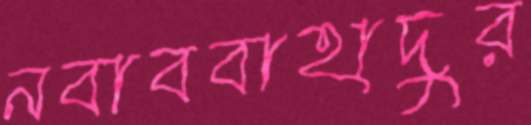
নবাববাহাদুর